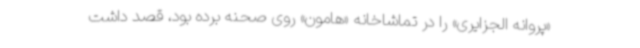
«پروانه الجزایری» را در تماشاخانه «هامون» روی صحنه برده بود، قصد داشت